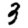
Digit: 3